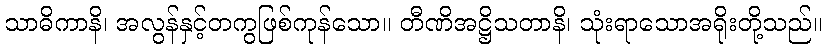
သာဓိကာနိ၊ အလွန်နှင့်တကွဖြစ်ကုန်သော။ တီဏိအဋ္ဌိသတာနိ၊ သုံးရာသောအရိုးတို့သည်။